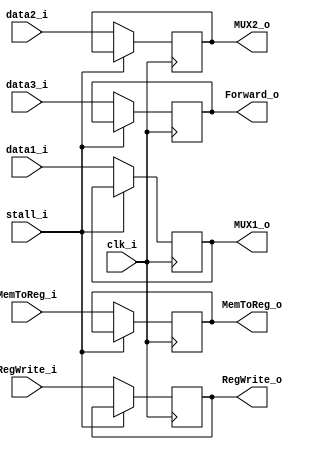
module MEMWB (
	clk_i,
	stall_i,
	MemToReg_i,
	RegWrite_i,
	data1_i,
	data2_i,
	data3_i,
	MemToReg_o,
	RegWrite_o,
	MUX1_o,
	MUX2_o,
	Forward_o
);

input           clk_i;
input			stall_i;
// control signals
input           MemToReg_i;
input           RegWrite_i;
// data
input   [31:0]  data1_i;    // Data Memory's read data
input   [31:0]  data2_i;    // EXMEM's ALU result (data1_o)
input   [4:0]  data3_i;    // EXMEM's MEMWB_o (forwarded from IDEX)

// control signals
output          MemToReg_o; 
output          RegWrite_o;
// data
output  [31:0]  MUX1_o;
output  [31:0]  MUX2_o;
output  [4:0]  Forward_o;
// control 
reg          MemToReg_o; 
reg          RegWrite_o;
// data
reg  [31:0]  MUX1_o;
reg  [31:0]  MUX2_o;
reg  [4:0]  Forward_o;
initial begin
	MemToReg_o <= 1'b0;
	RegWrite_o <= 1'b0;
	MUX1_o		<= 32'd0;
	MUX2_o		<= 32'd0;
	Forward_o	<= 5'd0;

end
// literally just passes everything along without modifying anything signals
// always @(posedge clk_i & (MemToReg_i | RegWrite_i | data1_i | data2_i | data3_i))
always @(posedge clk_i)
if(~stall_i) begin
	// control signals
	MemToReg_o <= MemToReg_i;
	RegWrite_o <= RegWrite_i;
	// data
	MUX1_o     <= data1_i;
	MUX2_o     <= data2_i;
	Forward_o  <= data3_i;
end

endmodule